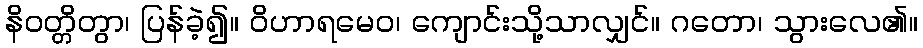
နိဝတ္တိတွာ၊ ပြန်ခဲ့၍။ ဝိဟာရမေဝ၊ ကျောင်းသို့သာလျှင်။ ဂတော၊ သွားလေ၏။